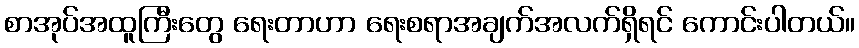
စာအုပ်အထူကြီးတွေ ရေးတာဟာ ရေးစရာအချက်အလက်ရှိရင် ကောင်းပါတယ်။